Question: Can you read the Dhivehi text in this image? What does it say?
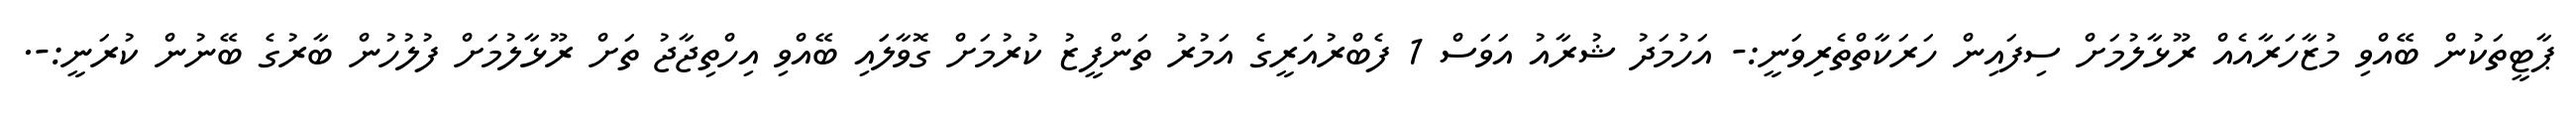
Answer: ޕާޓީތަކުން ބޭއްވި މުޒާހަރާއެއް ރޫޅާލުމަށް ސިފައިން ހަރަކާތްތެރިވަނީ:- އަހުމަދު ޝުރާއު އަވަސް 1 ފެބްރުއަރީގެ އަމުރު ތަންފީޒު ކުރުމަށް ގޮވާލަައި ބޭއްވި އިހްތިޖާޖު ތަށް ރޫޅާލުމަށް ފުލުހުން ބާރުގެ ބޭނުން ކުރަނީ:-.